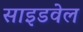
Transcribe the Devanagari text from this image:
साइडवेल